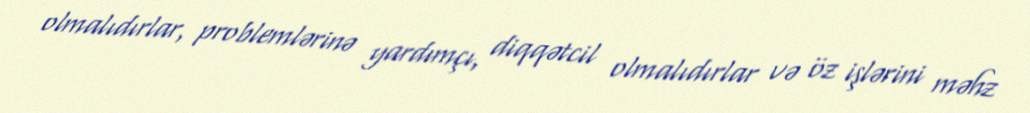
olmalıdırlar, problemlərinə yardımçı, diqqətcil olmalıdırlar və öz işlərini məhz